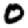
Digit: 0